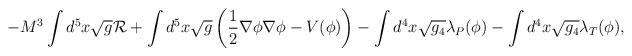
LaTeX: \begin{align*}-M^3 \int d^5 x \sqrt{g} {\cal R} + \int d^5 x \sqrt{g} \left(\frac{1}{2} \nabla \phi \nabla \phi -V(\phi) \right)- \int d^4x \sqrt{g_4} \lambda_{P}(\phi) - \int d^4x \sqrt{g_4} \lambda_{T}(\phi),\end{align*}